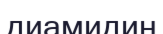
диамидин